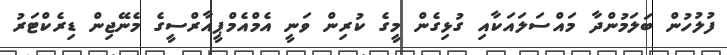
ފުލުހުން ބަލަމުންދާ މައްސަލައަކާއި ގުޅިގެން މީގެ ކުރިން ވަނީ އެމްއެމްޕީއާރްސީގެ މެނޭޖިން ޑިރެކްޓަރު